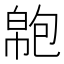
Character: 𢄝